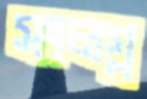
সংলগ্ন